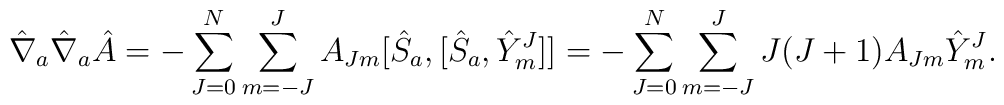
{\hat \nabla}_a {\hat \nabla}_a{\hat A}=  -\sum_{J=0}^N \sum_{m=-J}^J A_{Jm}[{\hat S}_a,[{\hat S}_a,{\hat  Y}_m^J]]= -\sum_{J=0}^N \sum_{m=-J}^J J(J+1)A_{Jm}{\hat Y}_m^J.